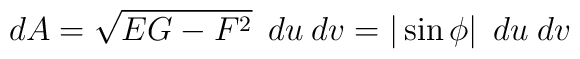
dA=\sqrt{EG-F^2}\hspace{0.2cm} du \hspace{0.1cm} dv= |\sin \phi |\hspace{0.2cm} du\hspace{0.1cm} dv